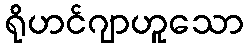
ရိုဟင်ဂျာဟူသော